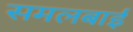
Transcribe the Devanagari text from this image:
समलबाई